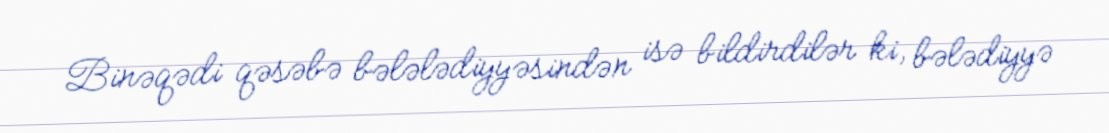
Binəqədi qəsəbə bələlədiyyəsindən isə bildirdilər ki, bələdiyyə